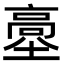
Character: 𩫊